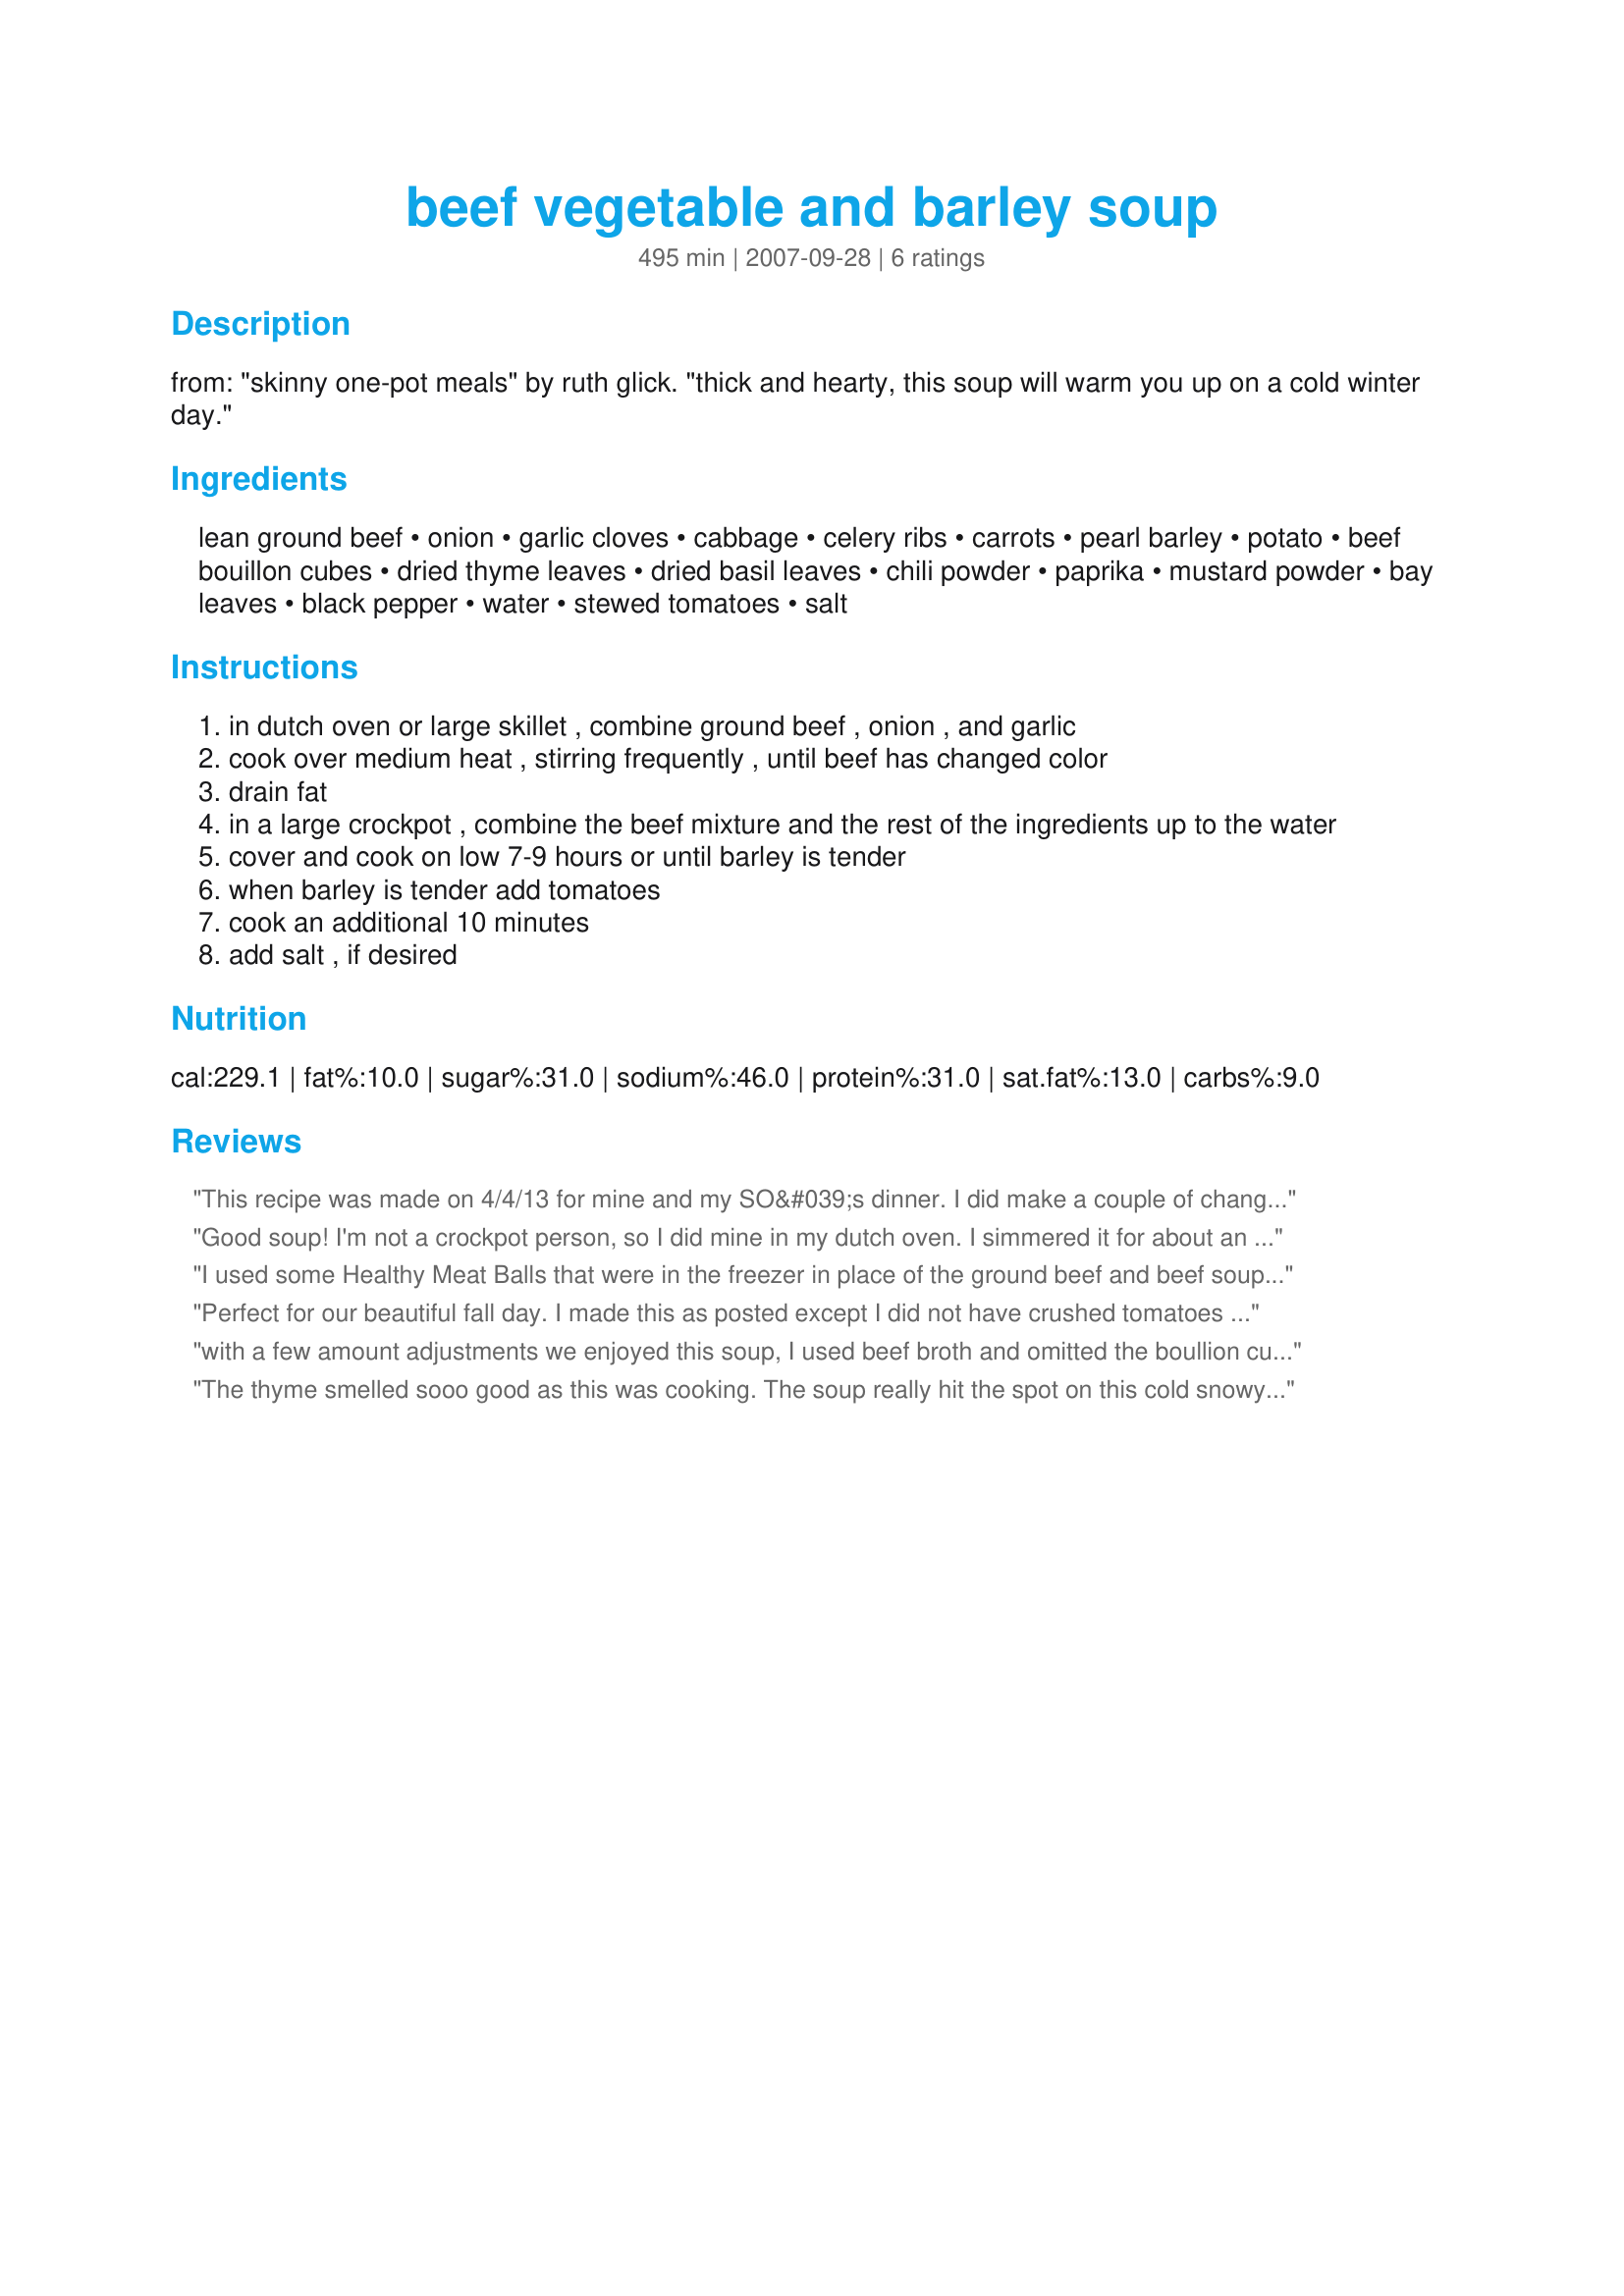
beef vegetable and barley soup
Preparation time: 495 minutes

from: "skinny one-pot meals" by ruth glick. "thick and hearty, this soup will warm you up on a cold winter day."

Ingredients:
lean ground beef, onion, garlic cloves, cabbage, celery ribs, carrots, pearl barley, potato, beef bouillon cubes, dried thyme leaves, dried basil leaves, chili powder, paprika, mustard powder, bay leaves, black pepper, water, stewed tomatoes, salt

Steps:
in dutch oven or large skillet , combine ground beef , onion , and garlic
cook over medium heat , stirring frequently , until beef has changed color
drain fat
in a large crockpot , combine the beef mixture and the rest of the ingredients up to the water
cover and cook on low 7-9 hours or until barley is tender
when barley is tender add tomatoes
cook an additional 10 minutes
add salt , if desired

Reviews:
This recipe was made on 4/4/13 for mine and my SO&#039;s dinner. I did make a couple of changes to the recipe,but I don&#039;t think it affected the recipe at all. The chopped celery was replaced with a couple of teaspoons of celery powder.I only had two bouillon cubes,so 3 teaspoons of beef bouillon powder replaced the remaining cubes.Also, I didn&#039;t have stewed tomatoes, so the same size can of diced was used.As the soup was cooking, I was hoping that it tasted as incredible as it smelled. And after tasting, I wasn&#039;t disappointed at all.And with the slow cooking,the different seasonings and spices had a long time to meld together perfectly. Thank you so very much for posting a great tasting soup. &quot; Keep Smiling :) &quot;
Good soup! I'm not a crockpot person, so I did mine in my dutch oven. I simmered it for about an hour and 1/2 and put the tomatoes in right away.
Thanks!
I used some Healthy Meat Balls that were in the freezer in place of the ground beef and beef soup base. I'm not sure that the chili powder and mustard helped the flavor here but I found that I didn't have the stewed tomato's I thought I did and since I didn't think tomato sauce would be a good sub I didn't add any tomato at all. That could well have made the difference so I'm not giving it any stars as I don't feel that it would be fair to the recipe. I liked it but I think I'd add more barley and make sure that I have the stewed tomato's next time.
Perfect for our beautiful fall day. I made this as posted except I did not have crushed tomatoes so instead put in half water and half tomato juice hence the redness in photo. I also put in 1/2 cup quick barley about 3 hours before done and extra black pepper. Thank you Engrossed for sharing. Made for PAC Fall 2011.
with a few amount adjustments we enjoyed this soup, I used beef broth and omitted the boullion cubes and also add in 2 teaspoons crushed red chili flakes, I have never added in mustard powder to soup, not sure if the flavor even came through, this is a wonderful hearty soup with lots of flavor, thanks for sharing hon!...Kitten:)
The thyme smelled sooo good as this was cooking. The soup really hit the spot on this cold snowy day. The kids had a 'snow day' and keep asking when it was going to be done. I did add 1 cup more of the water. But the soup was really just perfect. Thank you for posting Made for *1 2 3 Hit Wonders* game 2008
